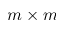
m \times m